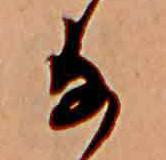
な